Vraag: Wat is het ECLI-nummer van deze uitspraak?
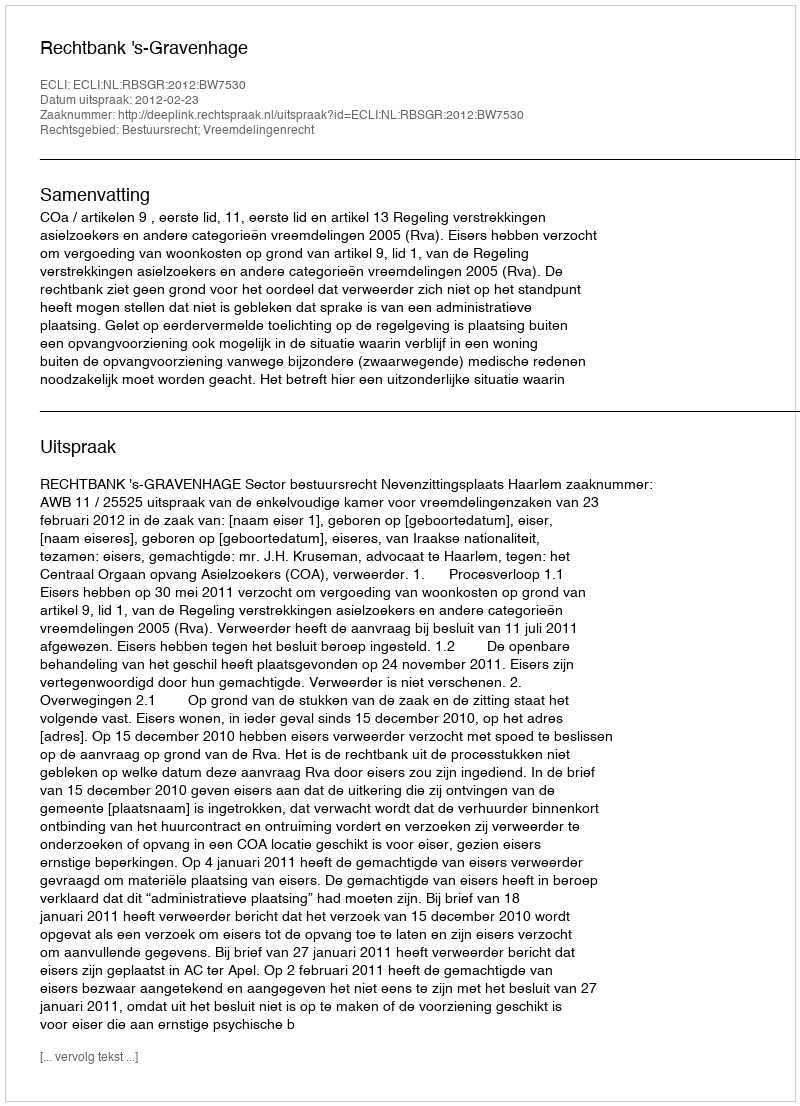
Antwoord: ECLI:NL:RBSGR:2012:BW7530